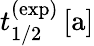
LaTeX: t_{1/2}^{(\mathrm{exp})}\, [\mathrm{a}]